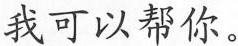
我可以帮你。